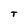
Character: T